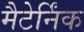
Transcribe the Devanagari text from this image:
मैटेर्निंक